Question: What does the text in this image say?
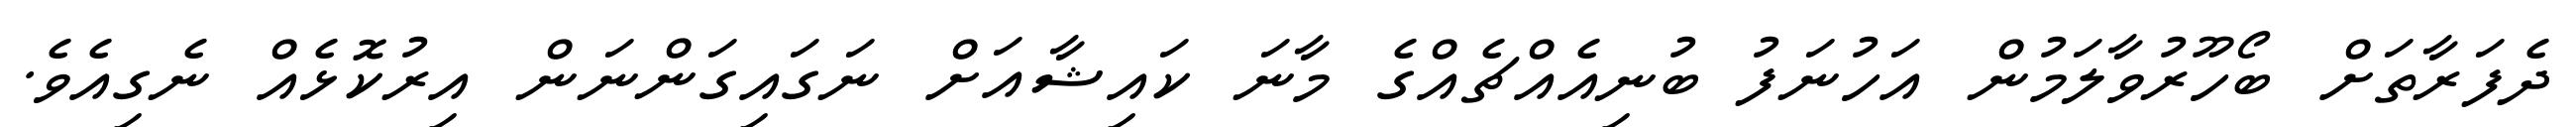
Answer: ދެފަރާތަށް ބޯހޫރުވާލަމުން އަހުނަފު ބުނިއެއްޗެއްގެ މާނަ ކައިޝާއަށް ނަގައިގަންނަން އިރުކޮޅެއް ނެގިއެވެ.